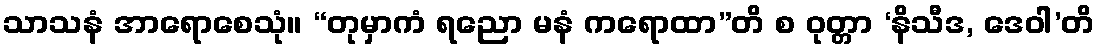
သာသနံ အာရောစေသုံ။ “တုမှာကံ ရညော မနံ ကရောထာ”တိ စ ဝုတ္တာ ‘နိသီဒ, ဒေဝါ’တိ